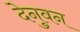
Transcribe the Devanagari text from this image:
देनुवन